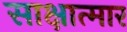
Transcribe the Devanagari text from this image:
साक्षात्मार